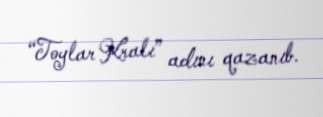
“Toylar Kralı” adını qazanıb.